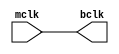
module clk_buffer(input mclk, output bclk);
buf D1(bclk, mclk);
endmodule